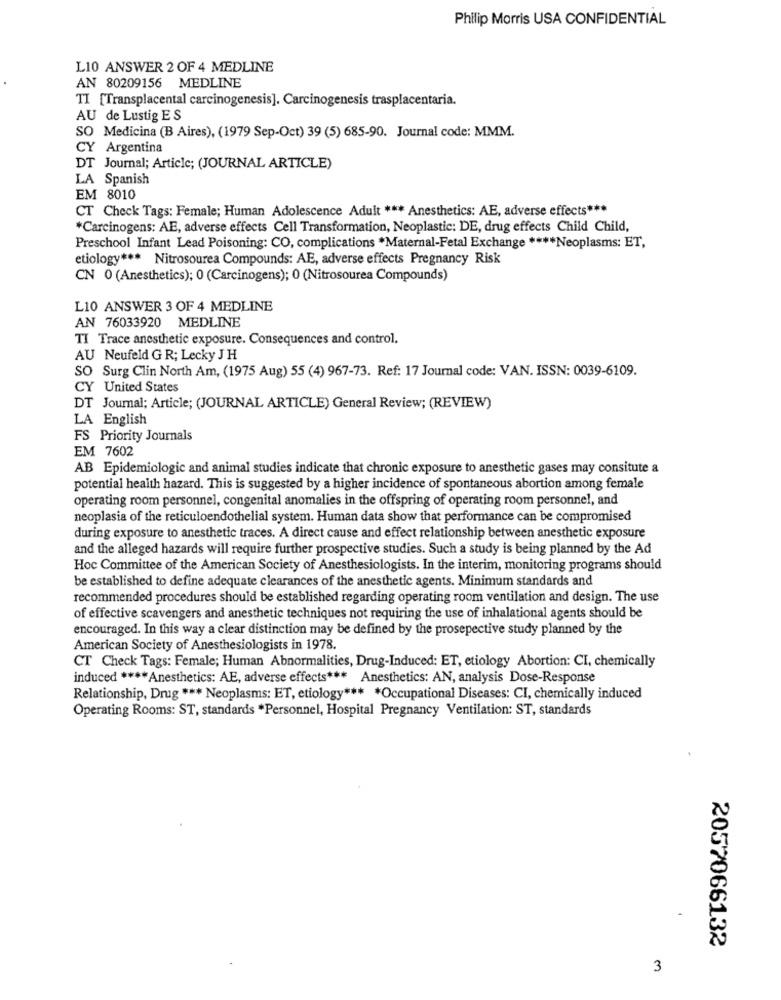
Philip Morris USA CONFIDENTIAL
L10 ANSWER 2 OF 4 MEDLINE
AN 80209156 MEDLINE
TI [Transplacental carcinogenesis]. Carcinogenesis trasplacentaria.
AU de Lustig E S
SO Medicina (B Aires), (1979 Sep-Oct) 39 (5) 685-90. Journal code: MMM.
CY Argentina
DT Journal; Article; (JOURNAL ARTICLE)
LA Spanish
EM 8010
CT Check Tags: Female; Human Adolescence Adult *** Anesthetics: AE, adverse effects ***
*Carcinogens: AE, adverse effects Cell Transformation, Neoplastic: DE, drug effects Child Child,
Preschool Infant Lead Poisoning: CO, complications *Maternal-Fetal Exchange **** Neoplasms: ET,
etiology *** Nitrosourea Compounds: AE, adverse effects Pregnancy Risk
CN 0 (Anesthetics); 0 (Carcinogens); 0 (Nitrosourea Compounds)
L10 ANSWER 3 OF 4 MEDLINE
AN 76033920 MEDLINE
TI Trace anesthetic exposure. Consequences and control.
AU Neufeld G R; Lecky J H
SO Surg Clin North Am, (1975 Aug) 55 (4) 967-73. Ref: 17 Journal code: VAN. ISSN: 0039-6109.
CY United States
DT Journal; Article; (JOURNAL ARTICLE) General Review; (REVIEW)
LA English
FS Priority Journals
EM 7602
AB Epidemiologic and animal studies indicate that chronic exposure to anesthetic gases may consitute a
potential health hazard. This is suggested by a higher incidence of spontaneous abortion among female
operating room personnel, congenital anomalies in the offspring of operating room personnel, and
neoplasia of the reticuloendothelial system. Human data show that performance can be compromised
during exposure to anesthetic traces. A direct cause and effect relationship between anesthetic exposure
and the alleged hazards will require further prospective studies. Such a study is being planned by the Ad
Hoc Committee of the American Society of Anesthesiologists. In the interim, monitoring programs should
be established to define adequate clearances of the anesthetic agents. Minimum standards and
recommended procedures should be established regarding operating room ventilation and design. The use
of effective scavengers and anesthetic techniques not requiring the use of inhalational agents should be
encouraged. In this way a clear distinction may be defined by the prosepective study planned by the
American Society of Anesthesiologists in 1978.
CT Check Tags: Female; Human Abnormalities, Drug-Induced: ET, etiology Abortion: CI, chemically
induced **** Anesthetics: AE, adverse effects *** Anesthetics: AN, analysis Dose-Response
Relationship, Drug *** Neoplasms: ET, etiology *** * Occupational Diseases: CI, chemically induced
Operating Rooms: ST, standards *Personnel, Hospital Pregnancy Ventilation: ST, standards
2057066132
3